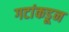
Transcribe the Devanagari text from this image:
गटांकडून